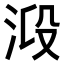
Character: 𣴂